Eesti_Rahvusfond, lk 64
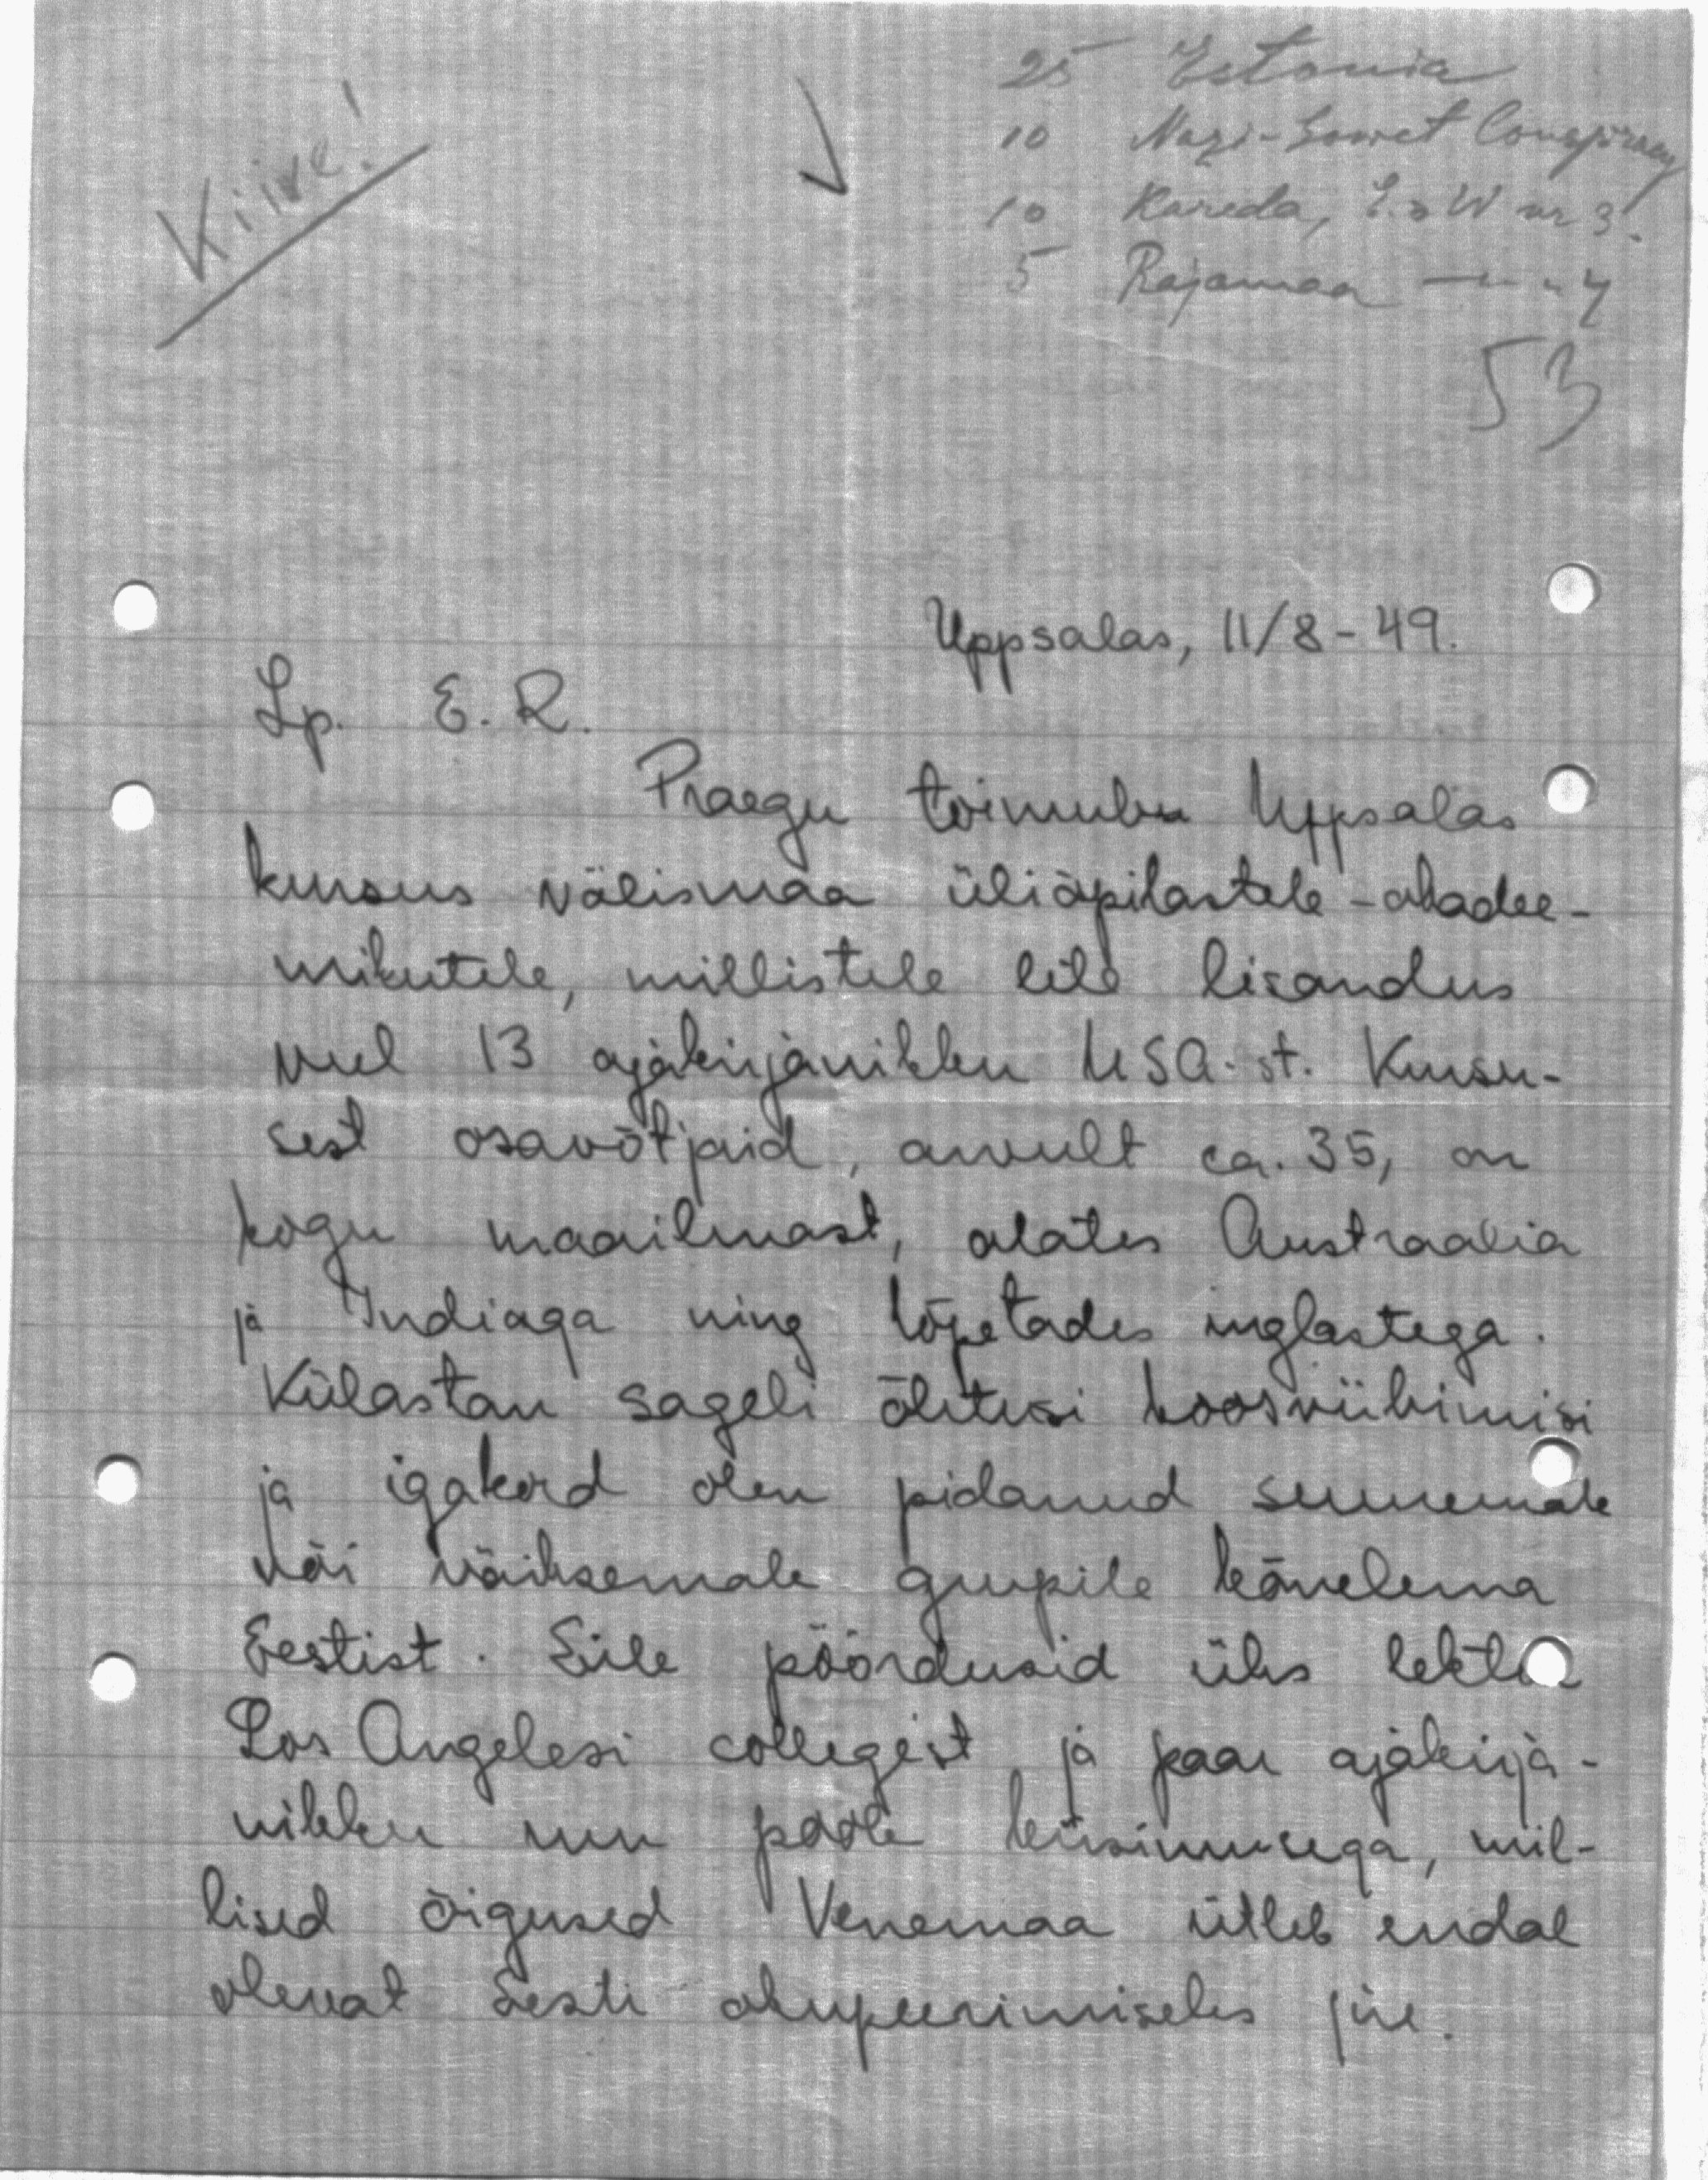
25 Estonia
10 Nazi-Sowet Concgracy
Kiire.
10 Kareda, E.s. War 31.
5 Rajamaa - 4
53
Uppsalas, 11/8-49.
Lp. E. R.
Praegu toimub Uppsalas
kursus välismaa üliõpilastele" akadee-
mikutele, millistele eile lisandus
veel 13 ajakirjanikku USA-st. Kursu-
sest osavõtjaid, arvult ca. 35, on
kogu maailmast, alates Austraalia
ja Indiaga ning lõpetades inglastega
Külastan sageli õhtusi koosviibimisi
ja igakord olen pidanud suuremale
või väiksemale grupile kõnelema
Eestist. Eile pöördusid üks lektor
Los Angelesi collegist, ja paar ajakirja-
nikku mu poole küsimusega, mil-
lised õigused Venemaa ütleb endal
olevat Eesti okupeerimiseles jne.